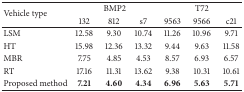
<table><thead><tr><td rowspan="2"><b>Vehicle type</b></td><td colspan="3"><b>BMP2</b></td><td colspan="3"><b>T72</b></td></tr><tr><td><b>132</b></td><td><b>812</b></td><td><b>s7</b></td><td><b>9563</b></td><td><b>9566</b></td><td><b>c21</b></td></tr></thead><tbody><tr><td>LSM</td><td>12.58</td><td>9.30</td><td>10.74</td><td>11.26</td><td>10.96</td><td>9.71</td></tr><tr><td>HT</td><td>15.98</td><td>12.36</td><td>13.32</td><td>9.44</td><td>9.63</td><td>11.58</td></tr><tr><td>MBR</td><td>7.75</td><td>4.85</td><td>4.53</td><td>8.57</td><td>6.93</td><td>6.57</td></tr><tr><td>RT</td><td>17.16</td><td>11.31</td><td>13.62</td><td>9.38</td><td>10.31</td><td>10.61</td></tr><tr><td>Proposed method</td><td><b>7.21</b></td><td><b>4.60</b></td><td><b>4.34</b></td><td><b>6.96</b></td><td><b>5.63</b></td><td><b>5.71</b></td></tr></tbody></table>